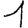
Digit: 1